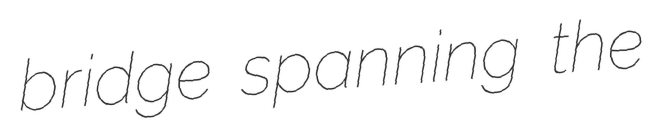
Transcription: bridge spanning the